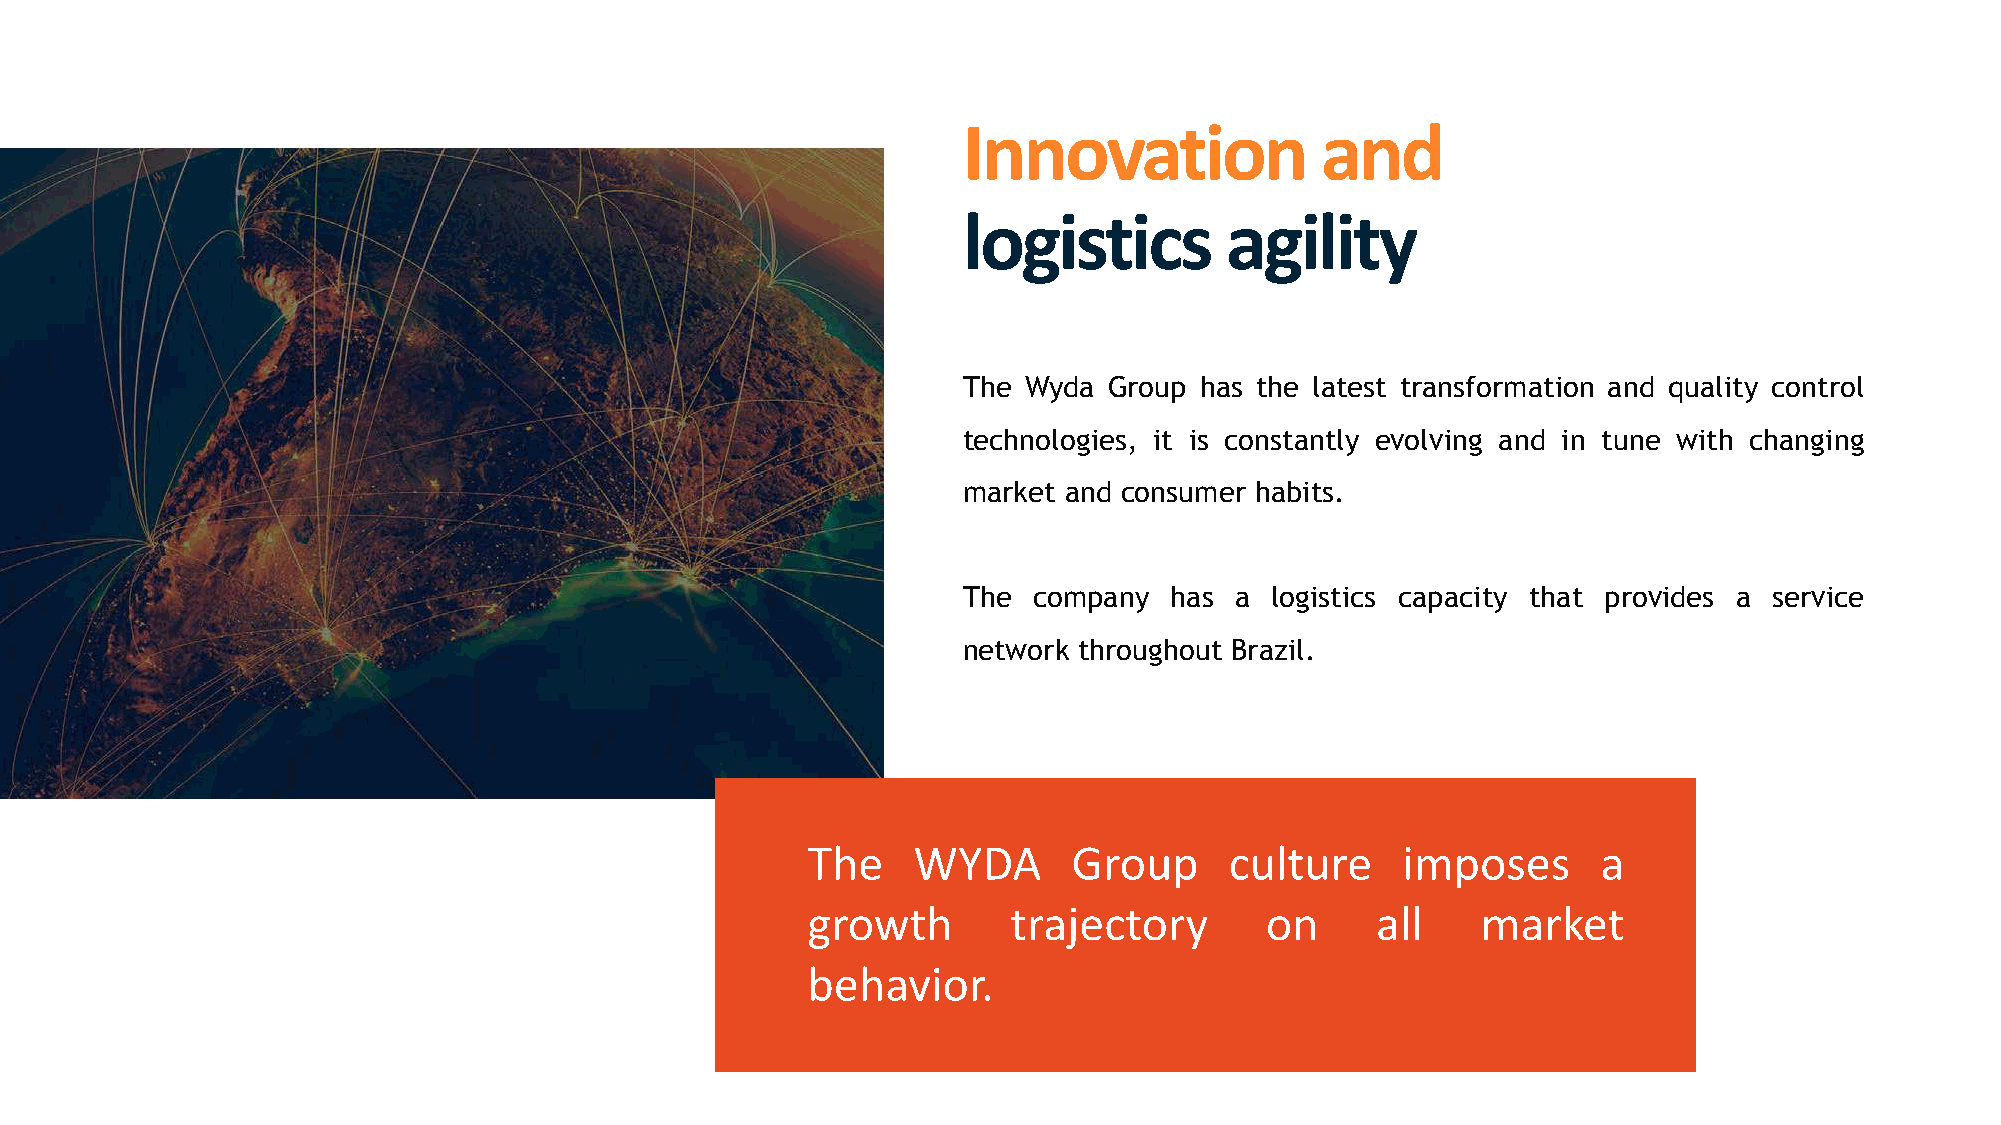
Innovation             and
 logistics        agility
 The Wyda Group has the latest transformation and quality control
 technologies, it is constantly evolving and in tune with changing
 market and consumer habits.
 The company  has  a logistics capacity that provides a service
 network throughout Brazil.
 The    WYDA       Group     culture     imposes      a
 growth        trajectory       on     all    market
 behavior.